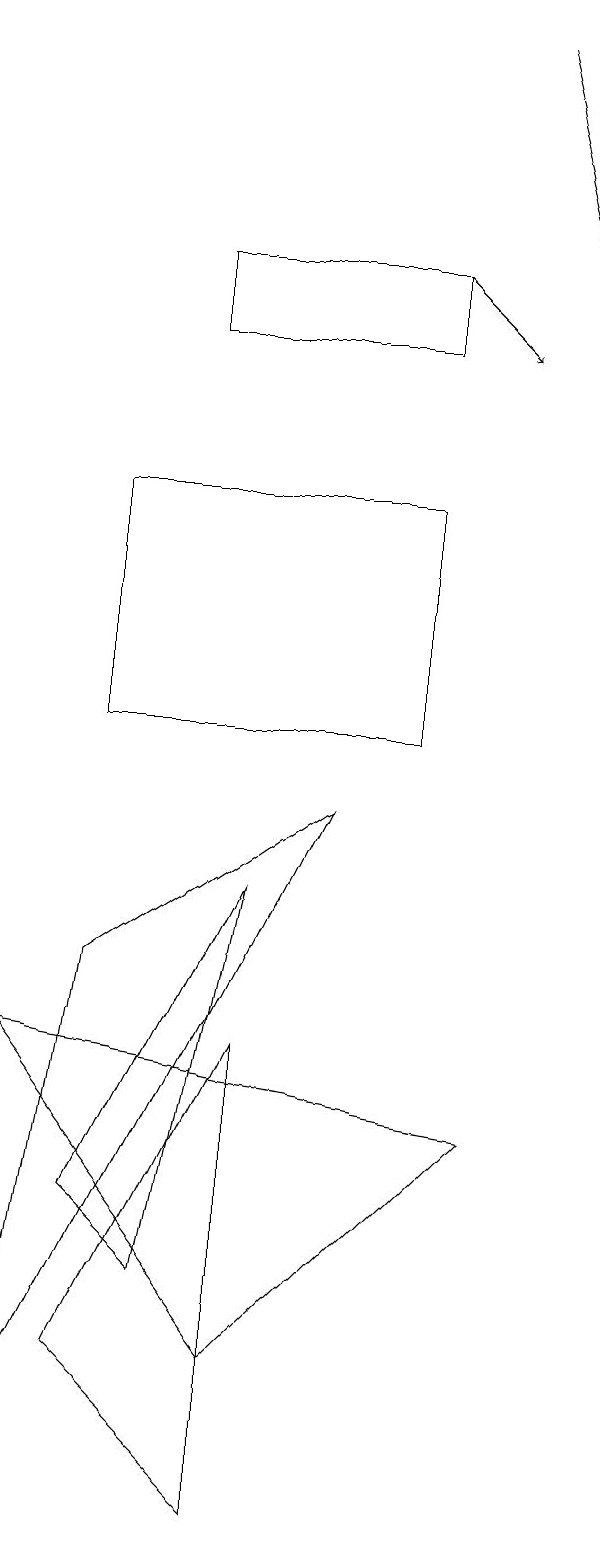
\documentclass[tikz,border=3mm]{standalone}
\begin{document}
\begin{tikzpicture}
\draw[->] (6,19) -- (7,15);
\draw (2,16) rectangle (5,15);
\draw[->] (5,16) -- (6,15);
\draw (3,2) -- (0,6) -- (6,5) -- cycle;
\draw (3,0) -- (3,6) -- (1,2) -- cycle;
\draw (1,4) -- (2,3) -- (3,8) -- cycle;
\draw (1,10) rectangle (5,13);
\draw (0,1) -- (1,7) -- (4,9) -- cycle;
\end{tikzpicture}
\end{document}